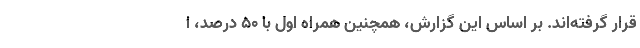
قرار گرفته‌اند. بر اساس این گزارش، همچنین همراه اول با 50 درصد، ا